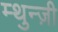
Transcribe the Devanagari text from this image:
म्थुन्ज़ी